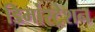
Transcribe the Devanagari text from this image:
डिमांस्ट्रेशन